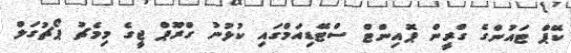
ކޭޕް ޓައުންގެ ގްރީން ޕޮއިންޓް ސްޓޭޑިއަމްގައި ކުޅުނު ގްރޫޕް ޖީގެ މިމެޗު ޕޯޗުގަލް